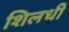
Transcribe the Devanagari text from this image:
शिलधी